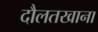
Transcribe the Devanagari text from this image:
दौलतखाना